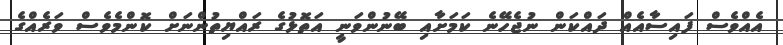
އެއްވެސް ފައިސާއެއް ދައްކަން ނުޖެހޭނެ ކަމަށާއި ބޭނުންވަނީ އަތޮޅުގެ ރައްޔިތުންނަށް ކޮންމެވެސް ވަރެއްގެ